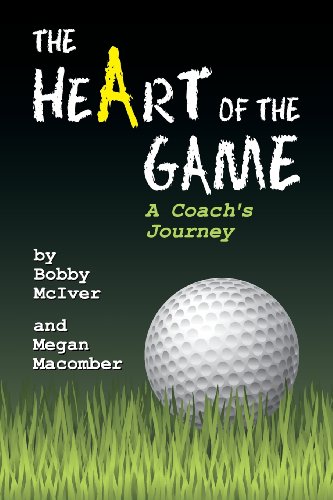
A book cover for The Heart of the Game: A Coach's Journey; Bobby McIver; Biographies & Memoirs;